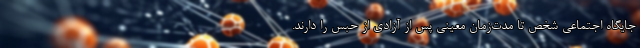
جایگاه اجتماعی شخص تا مدت‌زمان معینی پس از آزادی از حبس را دارند.